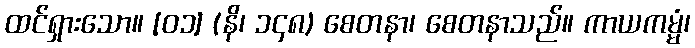
ထင်ရှားသော။ [၀၁] (နိ၊ ၁၄၈) စေတနာ၊ စေတနာသည်။ ကာယကမ္မံ၊